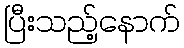
ပြီးသည့်နောက်